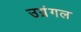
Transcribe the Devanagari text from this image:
उग्रंंगल